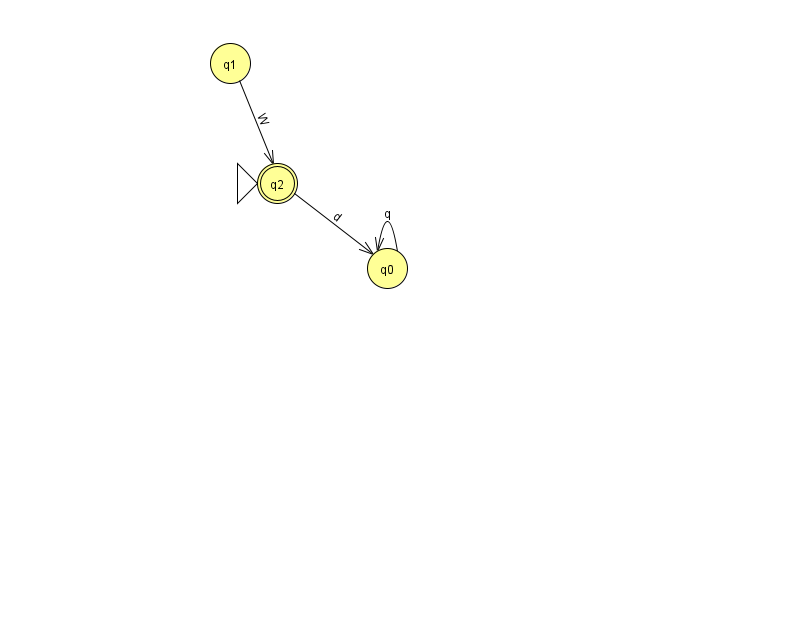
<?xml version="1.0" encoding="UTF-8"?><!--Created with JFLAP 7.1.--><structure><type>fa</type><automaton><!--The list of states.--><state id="0" name="q0"><x>387.0</x><y>255.0</y></state><state id="1" name="q1"><x>230.0</x><y>50.0</y></state><state id="2" name="q2"><x>277.0</x><y>170.0</y><initial/><final/></state><!--The list of transitions.--><transition><from>0</from><to>0</to><read>q</read></transition><transition><from>1</from><to>2</to><read>W</read></transition><transition><from>2</from><to>0</to><read>d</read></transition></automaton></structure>